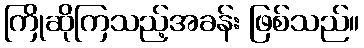
ကြိုဆိုကြသည့်အခန်း ဖြစ်သည်။